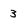
Character: 3